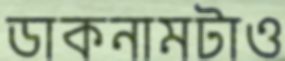
ডাকনামটাও